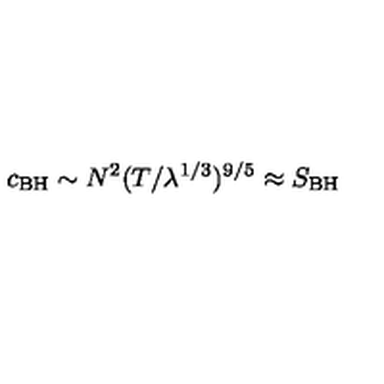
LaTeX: c _ { \mathrm { B H } } \sim N ^ { 2 } ( T / \lambda ^ { 1 / 3 } ) ^ { 9 / 5 } \approx S _ { \mathrm { B H } }